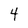
Character: 4